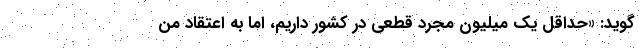
‌گوید: «حداقل یک میلیون مجرد قطعی در کشور داریم، اما به اعتقاد من